Vaccination in Bombay 1856-1862 - 1856-1862
Year: 1856
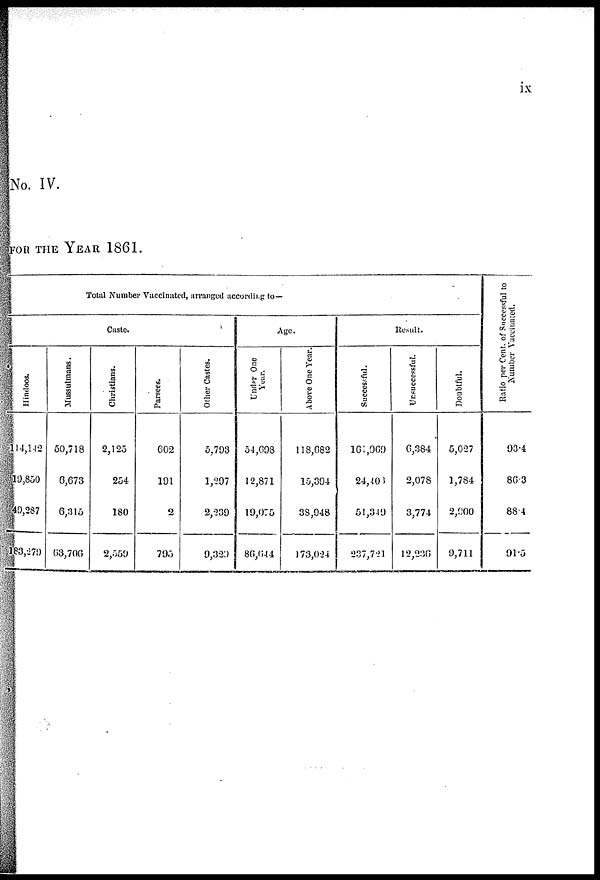
ix
No. IV.
FOR THE YEAR 1861.
Total Number Vaccinated, arranged according to—
Caste.
Hindoos.
114,142
19,850
490,287
183,279
Mussulmans.
50,718
6,673
6,315
63,706
Christians.
2,125
254
180
2,559
Parsees.
602
191
2
795
Other Castes.
5,793
1,207
2,239
9,329
Age.
Under One
Year.
54,698
12,871
19,075
80,644
Above One Year.
118,682
15,394
38,948
173,024
Result.
Successful.
161,909
24,403
51,349
237,721
Unsuccessful.
6,384
2,078
3,774
12,236
Doubtful.
5,027
1,784
2,900
9,711
Ratio per Cent. of Successful to
Number Vaccinated.
93.4
86.3
88.4
91.5